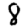
Digit: 8